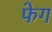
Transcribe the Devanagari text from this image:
फेग